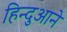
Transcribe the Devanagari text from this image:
हिन्दुआने